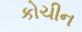
કોચીન